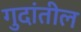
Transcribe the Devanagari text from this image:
गुदांतील